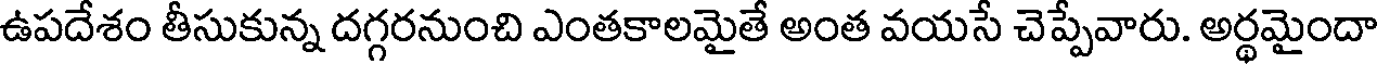
ఉపదేశం తీసుకున్న దగ్గరనుంచి ఎంతకాలమైతే అంత వయసే చెప్పేవారు. అర్థమైందా